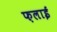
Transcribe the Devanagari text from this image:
फ़लाई